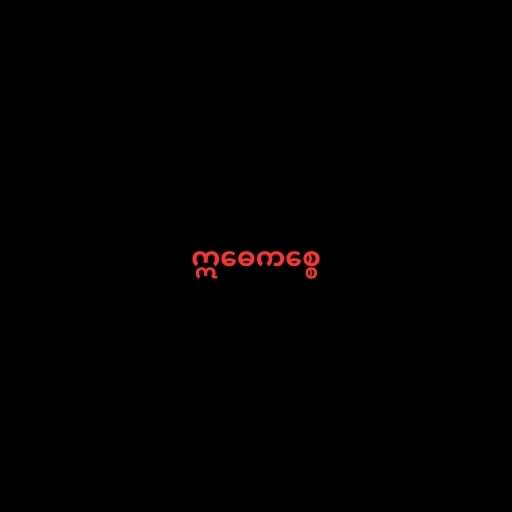
ဣဓေကစ္စေ